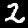
Digit: 2